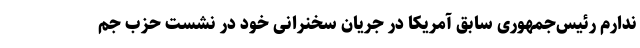
ندارم رئیس‌جمهوری سابق آمریکا در جریان سخنرانی خود در نشست حزب جم